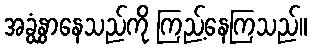
အခွံနွှာနေသည်ကို ကြည့်နေကြသည်။